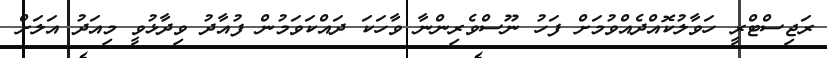
ރަޖިސްޓްރީ ހަވާލުކޮއްދެއްވުމަށް ފަހު ނޫސްވެރިންނާ ވާހަކަ ދައްކަވަމުން ފުއާދު ވިދާޅުވީ މިއަދު އަލަށް